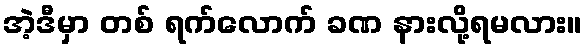
အဲ့ဒီမှာ တစ် ရက်လောက် ခဏ နားလို့ရမလား။